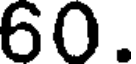
60.